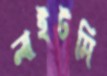
লাইটমি